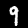
Digit: 9